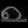
Digit: ၈